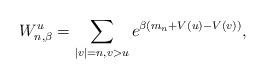
LaTeX: \begin{align*} W_{n,\beta}^u = \sum_{|v|=n, v > u} e^{\beta (m_n + V(u) - V(v))},\end{align*}